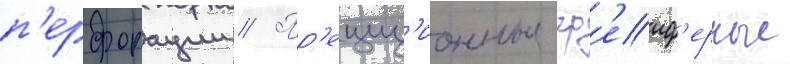
п'ерфорации // Пр'ециз'ионные гр'еиф'ерные